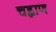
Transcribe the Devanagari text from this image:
चह्नाण